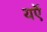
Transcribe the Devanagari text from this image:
यऍ